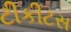
ટીકીટસ